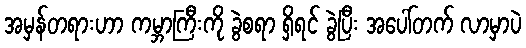
အမှန်တရားဟာ ကမ္ဘာကြီးကို ခွဲစရာ ရှိရင် ခွဲပြီး အပေါ်တက် လာမှာပဲ